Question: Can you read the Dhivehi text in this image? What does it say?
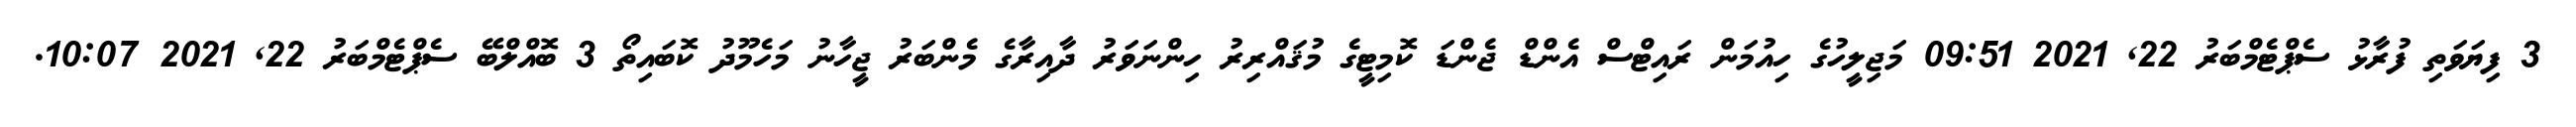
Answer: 3 ފިޔަވަތި ފުރާޅު ސެޕްޓެމްބަރު 22, 2021 09:51 މަޖިލީހުގެ ހިއުމަން ރައިޓްސް އެންޑް ޖެންޑަ ކޮމިޓީގެ މުޤައްރިރު ހިންނަވަރު ދާއިރާގެ މެންބަރު ޖީހާނު މަހެމޫދު ކޮބައިތޯ 3 ބޮއްލްބޭ ސެޕްޓެމްބަރު 22, 2021 10:07.